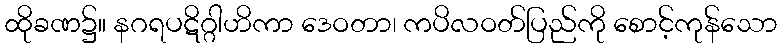
ထိုခဏ၌။ နဂရပဋိဂ္ဂါဟိကာ ဒေဝတာ၊ ကပိလဝတ်ပြည်ကို စောင့်ကုန်သော